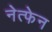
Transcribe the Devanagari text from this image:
नेत्फेन